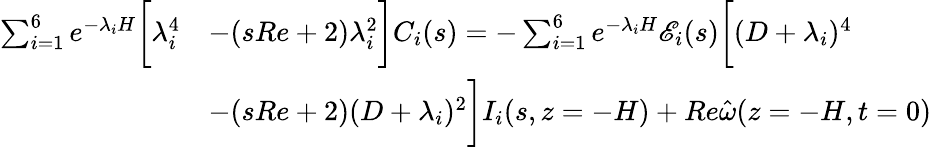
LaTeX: \begin{array}{rl}{\sum_{i=1}^{6}e^{-\lambda_{i}H}\bigg[\lambda_{i}^{4}}&{-(sRe+2)\lambda_{i}^{2}\bigg]C_{i}(s)=-\sum_{i=1}^{6}e^{-\lambda_{i}H}\mathscr{E}_{i}(s)\bigg[(D+\lambda_{i})^{4}}\\ &{-(sRe+2)(D+\lambda_{i})^{2}\bigg]I_{i}(s,z=-H)+Re\hat{\omega}(z=-H,t=0)}\end{array}